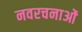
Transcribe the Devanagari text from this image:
नवरचनाओं